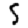
Digit: 5